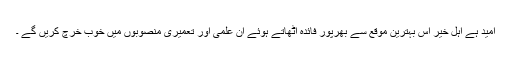
امید ہے اہل خیر اس بہترین موقع سے بھرپور فائدہ اٹھاتے ہوئے ان علمی اور تعمیری منصوبوں میں خوب خرچ کریں گے ۔